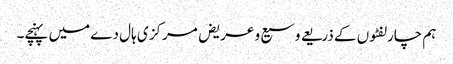
ہم چارلفٹوں کے ذریعے وسیع و عریض مرکز ی ہال دے میں پہنچے۔